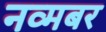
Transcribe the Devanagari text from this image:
नव्मबर